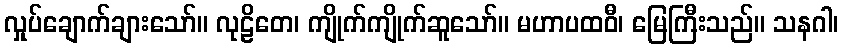
လှုပ်ချောက်ချားသော်။ လုဠိတေ၊ ကျိုက်ကျိုက်ဆူသော်။ မဟာပထဝီ၊ မြေကြီးသည်။ သနဂါ၊